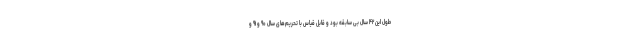
طول این ۴۲ سال بی سابقه بود و قابل قیاس با تحریم‌های سال ۹۰ و ۹۱ و